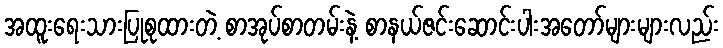
အထူးရေးသားပြုစုထားတဲ့ စာအုပ်စာတမ်းနဲ့ စာနယ်ဇင်းဆောင်းပါးအတော်များများလည်း